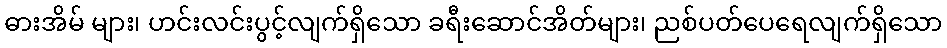
ဓားအိမ် များ၊ ဟင်းလင်းပွင့်လျက်ရှိသော ခရီးဆောင်အိတ်များ၊ ညစ်ပတ်ပေရေလျက်ရှိသော